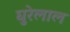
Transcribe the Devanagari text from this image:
घुरेलाल